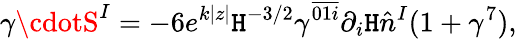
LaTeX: \gamma\cdotS^{I}=-6e^{k|z|}{\cal\mathtt{H}}^{-3/2}\gamma^{\overline{{{{01i}}}}}\partial_{i}{\cal\mathtt{H}}\hat{{n}}^{I}(1+\gamma^{7}),